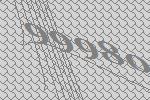
99980